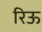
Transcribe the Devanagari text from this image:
रिऊ